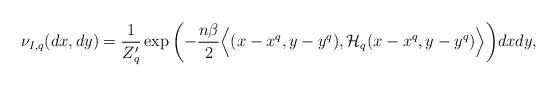
LaTeX: \begin{align*} \nu_{I, q}(dx, dy) = \frac{1}{{Z}_q^{\prime}} \exp{ \left( - \frac{n \beta}{2} \Big\langle (x - x^q, y-y^q ), \mathcal{H}_q (x - x^q, y-y^q ) \Big\rangle \right)} dx dy,\end{align*}